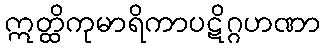
ဣတ္ထိကုမာရိကာပဋိဂ္ဂဟဏာ